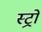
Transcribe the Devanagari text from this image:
स्ट्रो